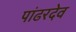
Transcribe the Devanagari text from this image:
पांढरदेव